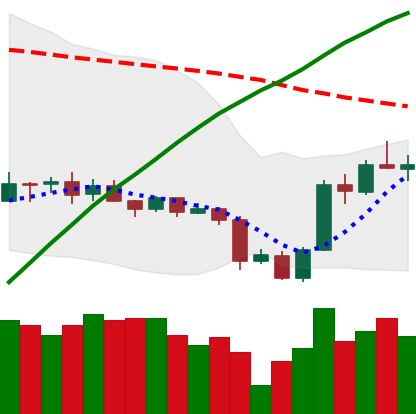
Ticker: ADA-USD
Chart end date: 2020-09-29
Forward return: -4.777%
Label: down_3_5